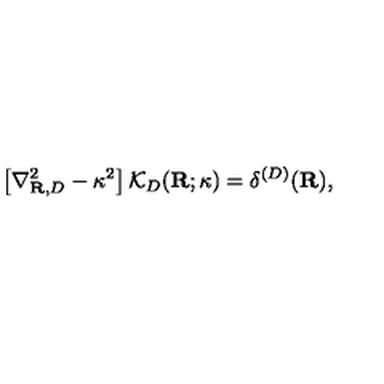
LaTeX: \left[ \nabla _ { { \bf R } , { D } } ^ { 2 } - \kappa ^ { 2 } \right] { \mathcal K } _ { { D } } ( { \bf R } ; \kappa ) = \delta ^ { ( { D } ) } ( { \bf R } ) ,